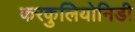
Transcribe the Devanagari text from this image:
करकुलियोनिडी